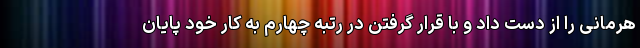
هرمانی را از دست داد و با قرار گرفتن در رتبه چهارم به کار خود پایان